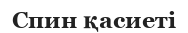
Спин қасиеті